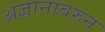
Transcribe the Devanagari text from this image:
अज्ञानावरुन